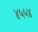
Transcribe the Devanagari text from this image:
४५५४